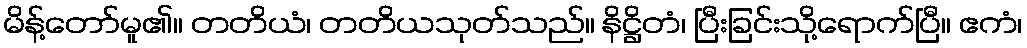
မိန့်တော်မူ၏။ တတိယံ၊ တတိယသုတ်သည်။ နိဋ္ဌိတံ၊ ပြီးခြင်းသို့ရောက်ပြီ။ ဧကံ၊